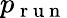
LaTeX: p_{\mathrm{~r~u~n~}}